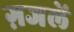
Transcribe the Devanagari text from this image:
ग़जलें